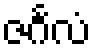
ဇင်္ဂလံ